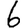
Digit: 6